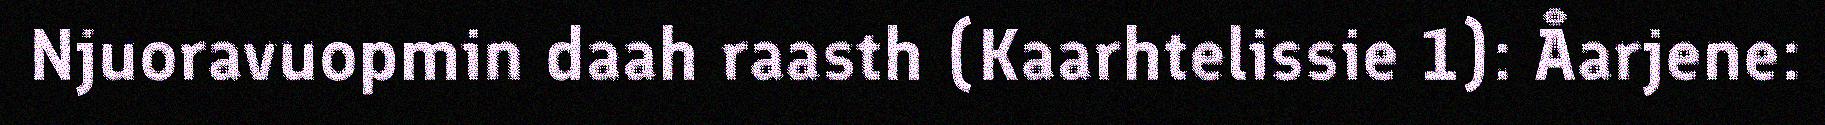
Njuoravuopmin daah raasth (Kaarhtelissie 1): Åarjene: